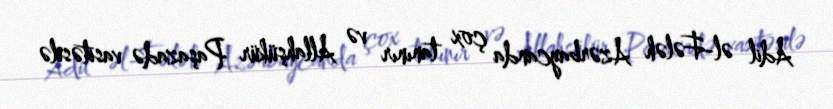
Adil əl-Fələh Azərbaycanda çox tanınır və Allahşükür Paşazadə vasitəsilə